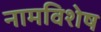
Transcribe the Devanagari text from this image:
नामविशेष